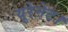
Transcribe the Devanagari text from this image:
यूरेनेट।